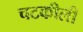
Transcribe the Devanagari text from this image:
चटकीली